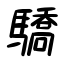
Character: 驕